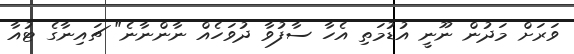
ވަރަށް މަދުން ނޫނީ އުޑުމަތި އެހާ ސާފުވާ ދުވަހެއް ނާންނާނެ" ޗައިނާގެ ޓުއާ